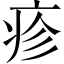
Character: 疹